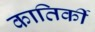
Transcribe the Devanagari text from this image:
कातिर्की